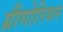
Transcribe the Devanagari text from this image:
ग्रीगोरियन